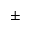
\pm